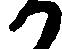
か